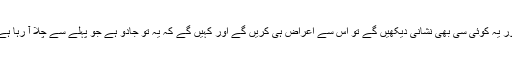
اور یہ کوئی سی بھی نشانی دیکھیں گے تو اس سے اعراض ہی کریں گے اور کہیں گے کہ یہ تو جادو ہے جو پہلے سے چلا آ رہا ہے۔